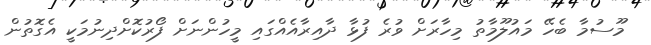
މޫސުމާ ބެހޭ މައުލޫމާތު މިހާރަށް ވުރެ ފުޅާ ދާއިރާއެއްގައި މީހުންނަށް ފޯރުކޮށްދިނުމަކީ އެގޮތުން